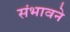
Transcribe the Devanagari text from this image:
संभावने